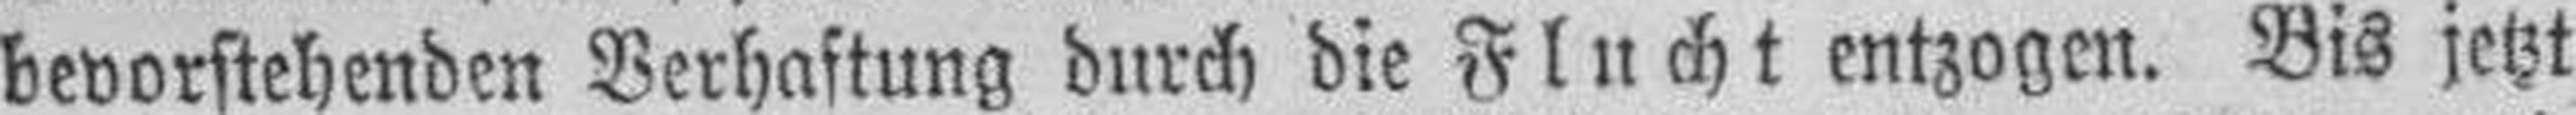
bevorstehenden Verhaftung durch die Flucht entzogen. Bis jetzt